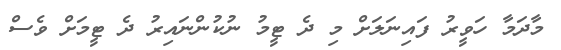
މާދަމާ ހަވީރު ފައިނަލަށް މި ދެ ޓީމު ނުކުންނައިރު ދެ ޓީމަށް ވެސް